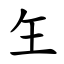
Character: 玍